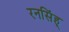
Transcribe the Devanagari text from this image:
रनसिंह्